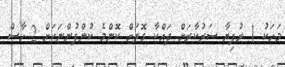
މަހަކު 1 ރުފިޔާ ސަރުކާރަށް ދައްކާ ގޮތަށް ކޮންމެ ކުންފުންނަކަށް 2 ހާސް